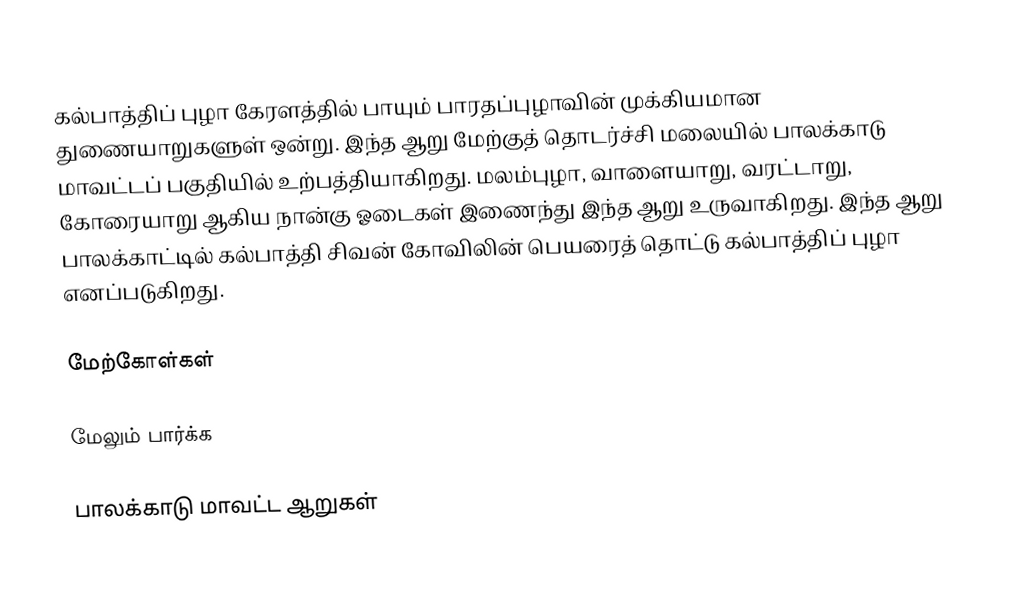
கல்பாத்திப் புழா கேரளத்தில் பாயும் பாரதப்புழாவின் முக்கியமான துணையாறுகளுள் ஒன்று. இந்த ஆறு மேற்குத் தொடர்ச்சி மலையில் பாலக்காடு மாவட்டப் பகுதியில் உற்பத்தியாகிறது. மலம்புழா, வாளையாறு, வரட்டாறு, கோரையாறு ஆகிய நான்கு ஓடைகள் இணைந்து இந்த ஆறு உருவாகிறது. இந்த ஆறு பாலக்காட்டில் கல்பாத்தி சிவன் கோவிலின் பெயரைத் தொட்டு கல்பாத்திப் புழா எனப்படுகிறது.

மேற்கோள்கள்

மேலும் பார்க்க

பாலக்காடு மாவட்ட ஆறுகள்